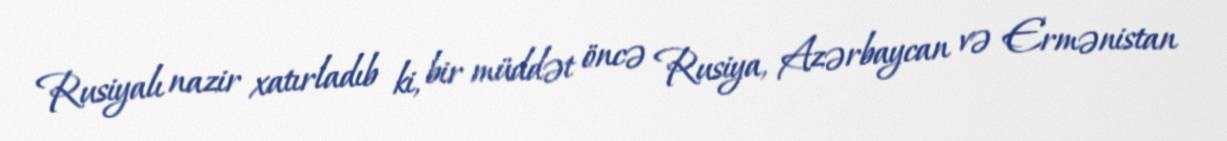
Rusiyalı nazir xatırladıb ki, bir müddət öncə Rusiya, Azərbaycan və Ermənistan